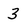
Character: 3